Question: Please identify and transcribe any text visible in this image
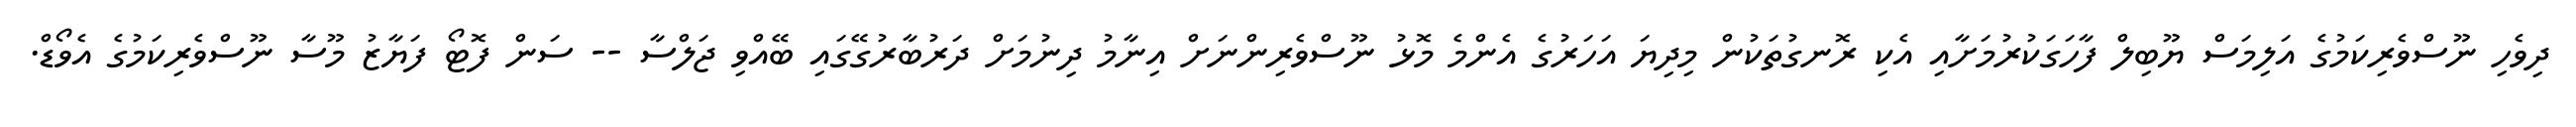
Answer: ދިވެހި ނޫސްވެރިކަމުގެ އަލިމަސް ޔޫބިލް ފާހަގަކުރުމަށާއި އެކި ރޮނގުތަކުން މިދިޔަ އަހަރުގެ އެންމެ މޮޅު ނޫސްވެރިންނަށް އިނާމު ދިނުމަށް ދަރުބާރުގޭގައި ބޭއްވި ޖަލްސާ -- ސަން ފޮޓޯ ފަޔާޒު މޫސާ ނޫސްވެރިކަމުގެ އެވޯޑް.